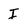
Character: I